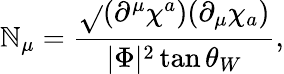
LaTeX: {\cal\mathbb{N}}_{\mu}=\frac{{\sqrt{}{{(\partial^{\mu}\chi^{a})(\partial_{\mu}\chi_{a})}}}}{{|\Phi|^{2}\tan\theta_{W}}},